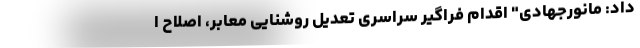
داد: مانورجهادی" اقدام فراگیر سراسری تعدیل روشنایی معابر، اصلاح ا